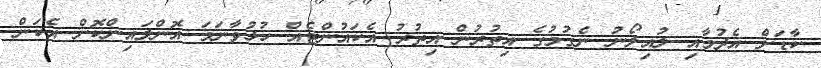
ކާޑަށް އެދުމާއި ލުއިލޯނު ނެގުމުގެ އިތުރުން އިތުރު އެކައުންޓެއް ހުޅުވާނަމަ އޮންލައިންކޮށް އެކަން